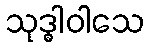
သုဒ္ဓါဝါသေ